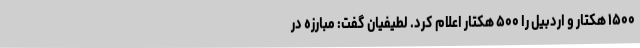
۱۵۰۰ هکتار و اردبیل را ۵۰۰ هکتار اعلام کرد. لطیفیان گفت: مبارزه در